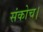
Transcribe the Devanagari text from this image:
संकोच।